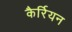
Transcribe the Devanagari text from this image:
कैर्रियन